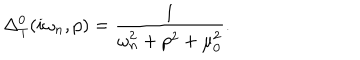
\Delta _ { T } ^ { 0 } ( i \omega _ { n } , p ) = \frac { 1 } { \omega _ { n } ^ { 2 } + p ^ { 2 } + \mu _ { 0 } ^ { 2 } } .